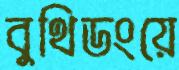
বুথিডংয়ে